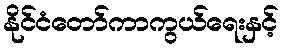
နိုင်ငံတော်ကာကွယ်ရေးနှင့်